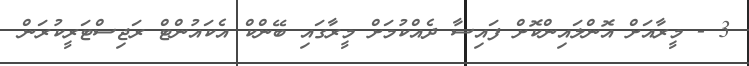
3 - މީރާއަށް އޮންލައިންކޮށް ފައިސާ ދެއްކުމަށް މީރާގައި ބޭންކް އެކައުންޓް ރަޖިސްޓަރީކުރަން